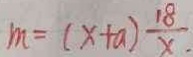
m = ( x + a ) \frac { 1 8 } { x } .